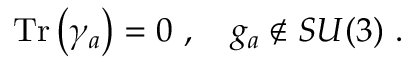
\mathrm { T r } \left( \gamma _ { a } \right) = 0 ~ , ~ ~ ~ g _ { a } \not \in S U ( 3 ) ~ .